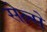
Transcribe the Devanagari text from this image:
सेल्से